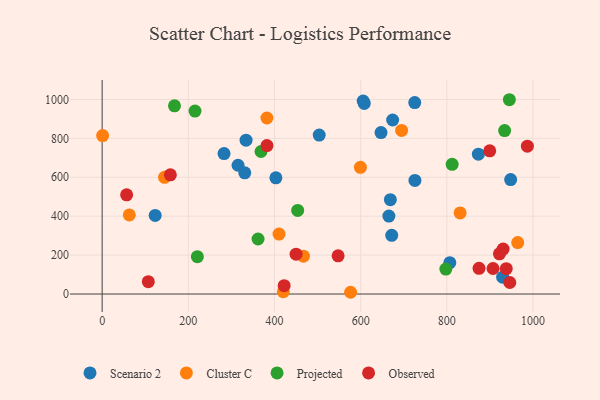
{"axis": {"x": "Engine Size", "y": "Rating"}, "legend": ["Cluster C", "Observed", "Projected", "Scenario 2"], "data": [{"x": "873.2", "y": 718.9, "type": "Scenario 2"}, {"x": "334.0", "y": 790.5, "type": "Scenario 2"}, {"x": "315.4", "y": 661.8, "type": "Scenario 2"}, {"x": "806.9", "y": 161.0, "type": "Scenario 2"}, {"x": "674.2", "y": 894.3, "type": "Scenario 2"}, {"x": "725.5", "y": 983.8, "type": "Scenario 2"}, {"x": "948.1", "y": 588.1, "type": "Scenario 2"}, {"x": "605.8", "y": 992.1, "type": "Scenario 2"}, {"x": "123.1", "y": 403.8, "type": "Scenario 2"}, {"x": "668.9", "y": 485.0, "type": "Scenario 2"}, {"x": "403.2", "y": 597.3, "type": "Scenario 2"}, {"x": "929.5", "y": 86.6, "type": "Scenario 2"}, {"x": "672.1", "y": 301.8, "type": "Scenario 2"}, {"x": "503.8", "y": 817.1, "type": "Scenario 2"}, {"x": "331.0", "y": 623.1, "type": "Scenario 2"}, {"x": "725.9", "y": 584.0, "type": "Scenario 2"}, {"x": "608.3", "y": 979.7, "type": "Scenario 2"}, {"x": "665.5", "y": 400.4, "type": "Scenario 2"}, {"x": "647.2", "y": 829.7, "type": "Scenario 2"}, {"x": "282.9", "y": 721.7, "type": "Scenario 2"}, {"x": "410.5", "y": 308.1, "type": "Cluster C"}, {"x": "830.8", "y": 416.6, "type": "Cluster C"}, {"x": "467.1", "y": 194.4, "type": "Cluster C"}, {"x": "1.1", "y": 814.5, "type": "Cluster C"}, {"x": "420.5", "y": 11.7, "type": "Cluster C"}, {"x": "576.6", "y": 9.0, "type": "Cluster C"}, {"x": "599.4", "y": 651.0, "type": "Cluster C"}, {"x": "964.5", "y": 264.2, "type": "Cluster C"}, {"x": "63.0", "y": 406.5, "type": "Cluster C"}, {"x": "695.0", "y": 841.0, "type": "Cluster C"}, {"x": "382.4", "y": 904.7, "type": "Cluster C"}, {"x": "144.8", "y": 599.9, "type": "Cluster C"}, {"x": "368.7", "y": 732.6, "type": "Projected"}, {"x": "221.0", "y": 192.2, "type": "Projected"}, {"x": "812.3", "y": 666.8, "type": "Projected"}, {"x": "361.8", "y": 282.7, "type": "Projected"}, {"x": "215.5", "y": 940.1, "type": "Projected"}, {"x": "945.1", "y": 998.6, "type": "Projected"}, {"x": "934.1", "y": 839.8, "type": "Projected"}, {"x": "453.8", "y": 429.6, "type": "Projected"}, {"x": "797.7", "y": 128.4, "type": "Projected"}, {"x": "167.9", "y": 967.2, "type": "Projected"}, {"x": "946.1", "y": 59.3, "type": "Observed"}, {"x": "907.2", "y": 131.3, "type": "Observed"}, {"x": "874.7", "y": 132.1, "type": "Observed"}, {"x": "158.3", "y": 612.6, "type": "Observed"}, {"x": "56.8", "y": 509.8, "type": "Observed"}, {"x": "930.6", "y": 230.9, "type": "Observed"}, {"x": "422.4", "y": 42.9, "type": "Observed"}, {"x": "922.1", "y": 206.7, "type": "Observed"}, {"x": "107.1", "y": 63.5, "type": "Observed"}, {"x": "899.5", "y": 736.1, "type": "Observed"}, {"x": "986.9", "y": 759.9, "type": "Observed"}, {"x": "450.1", "y": 204.8, "type": "Observed"}, {"x": "382.5", "y": 763.0, "type": "Observed"}, {"x": "937.9", "y": 130.1, "type": "Observed"}, {"x": "547.6", "y": 196.3, "type": "Observed"}]}